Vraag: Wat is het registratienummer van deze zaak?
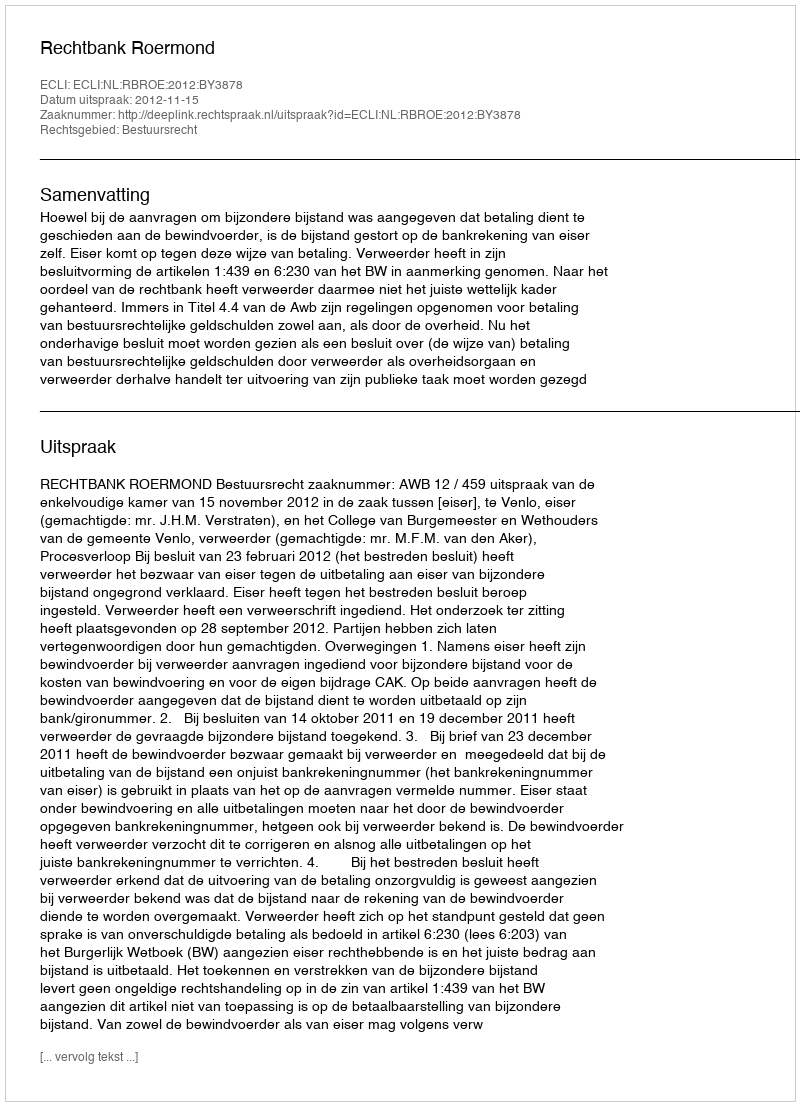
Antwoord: http://deeplink.rechtspraak.nl/uitspraak?id=ECLI:NL:RBROE:2012:BY3878